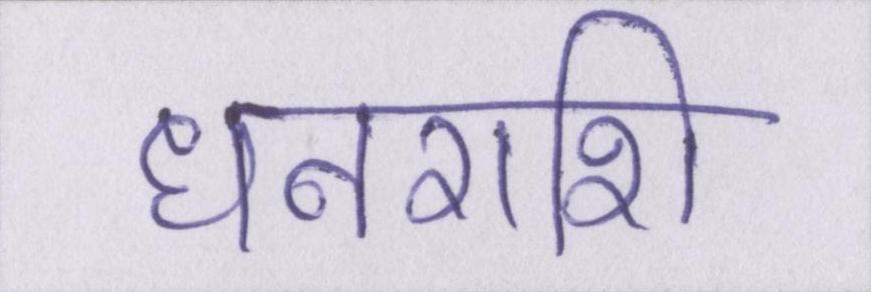
धनराशि